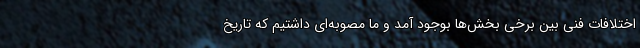
اختلافات فنی بین برخی بخش‌ها بوجود آمد و ما مصوبه‌ای داشتیم که تاریخ